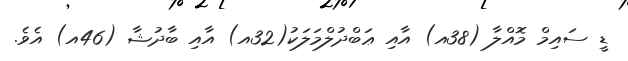
ޑީ ސައިމް މޮއްލާ (38އ) އާއި ޢަބްދުލްމަލަކު(32އ) އާއި ބާދުޝާ (46އ) އެވެ.